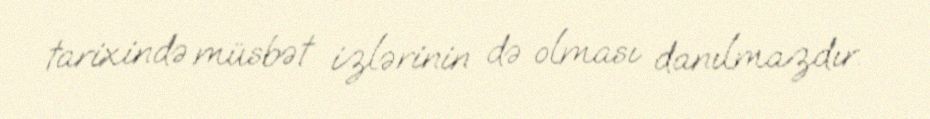
tarixində müsbət izlərinin də olması danılmazdır.